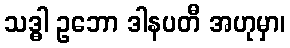
သဒ္ဓါ ဥဘော ဒါနပတီ အဟုမှာ၊